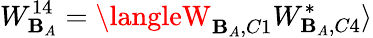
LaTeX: W_{\mathbf{B}_{A}}^{14}=\langleW_{\mathbf{B}_{A},C1}W_{\mathbf{B}_{A},C4}^{*}\rangle